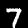
Label: 7